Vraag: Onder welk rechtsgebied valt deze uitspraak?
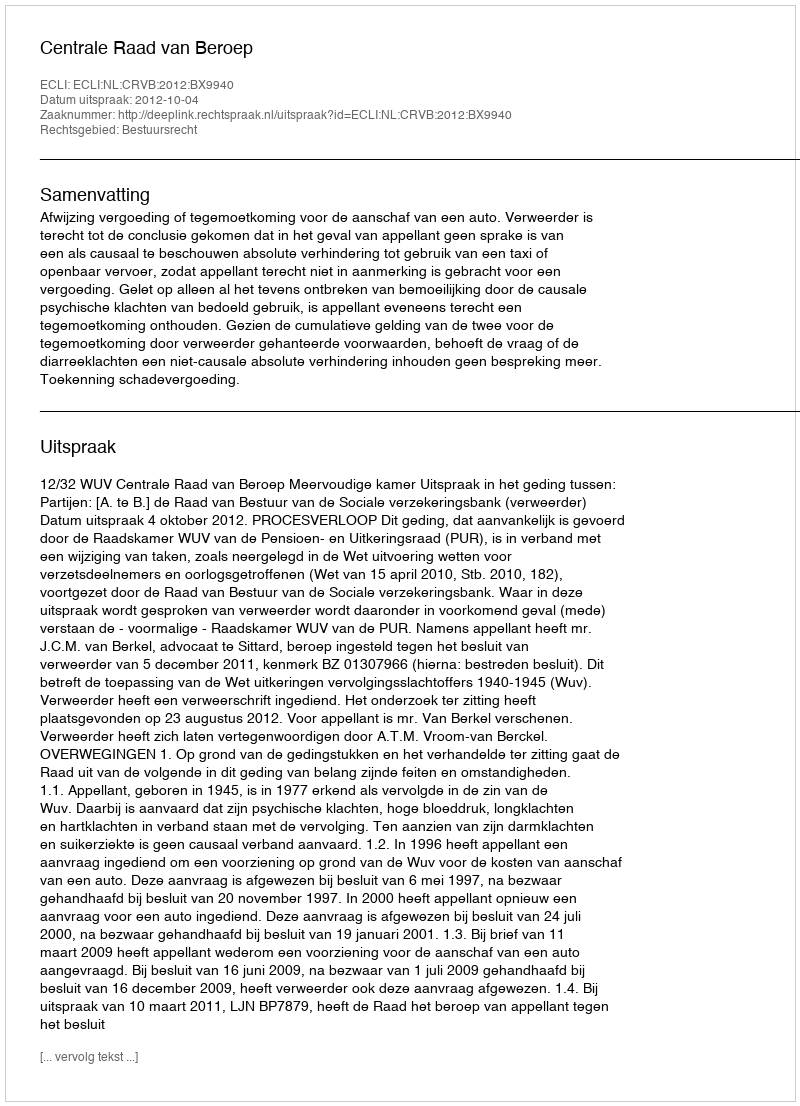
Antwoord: Bestuursrecht